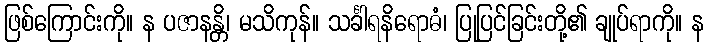
ဖြစ်ကြောင်းကို။ န ပဇာနန္တိ၊ မသိကုန်။ သင်္ခါရနိရောဓံ၊ ပြုပြင်ခြင်းတို့၏ ချုပ်ရာကို။ န